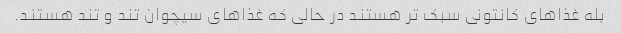
بله غذاهای کانتونی سبک تر هستند در حالی که غذاهای سیچوان تند و تند هستند.